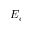
E _ { e }